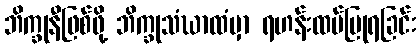
ဘိက္ခုနီဖြစ်ဖို့ ဘိက္ခုသံဃာထံမှာ ရဟန်းထပ်ပြုရခြင်း